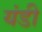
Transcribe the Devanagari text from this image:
यंडी